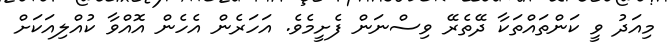
މިއަދު ވީ ކަންތައްތަކާ ދޭތެރޭ ވިސްނަން ފެށީމެވެ. އަހަރެން އެހެން އޮއްވާ ކުއްލިއަކަށް